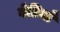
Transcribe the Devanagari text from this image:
बेडियाँ